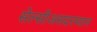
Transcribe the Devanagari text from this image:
सेल्सीअसदरम्यान